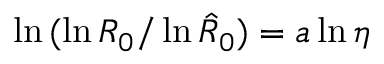
\ln { ( \ln { R _ { 0 } } / \ln { \hat { R } _ { 0 } } ) } = a \ln { \eta }